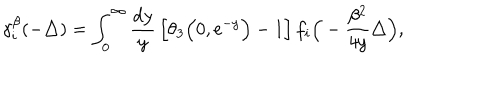
\gamma _ { i } ^ { \beta } ( - \triangle ) = \int _ { 0 } ^ { \infty } { \frac { { \mathrm { d } } y } { y } } \left[ \theta _ { 3 } \Big ( 0 , { \mathrm { e } } ^ { - y } \Big ) - 1 \right] f _ { i } \Big ( - \frac { \beta ^ { 2 } } { 4 y } \triangle \Big ) ,